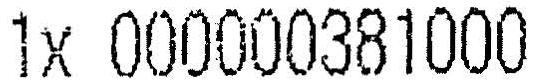
1X 000000381000